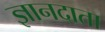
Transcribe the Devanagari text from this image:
ज्ञानदाता